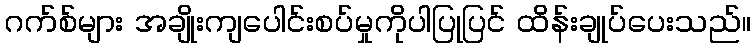
ဂက်စ်များ အချိုးကျပေါင်းစပ်မှုကိုပါပြုပြင် ထိန်းချုပ်ပေးသည်။